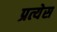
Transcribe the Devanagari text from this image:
प्रत्येस